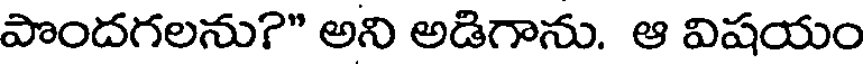
పొందగలను?" అని అడిగాను. ఆ విషయం